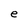
Character: e